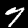
Label: 7